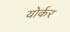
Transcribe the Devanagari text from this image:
योर्कर